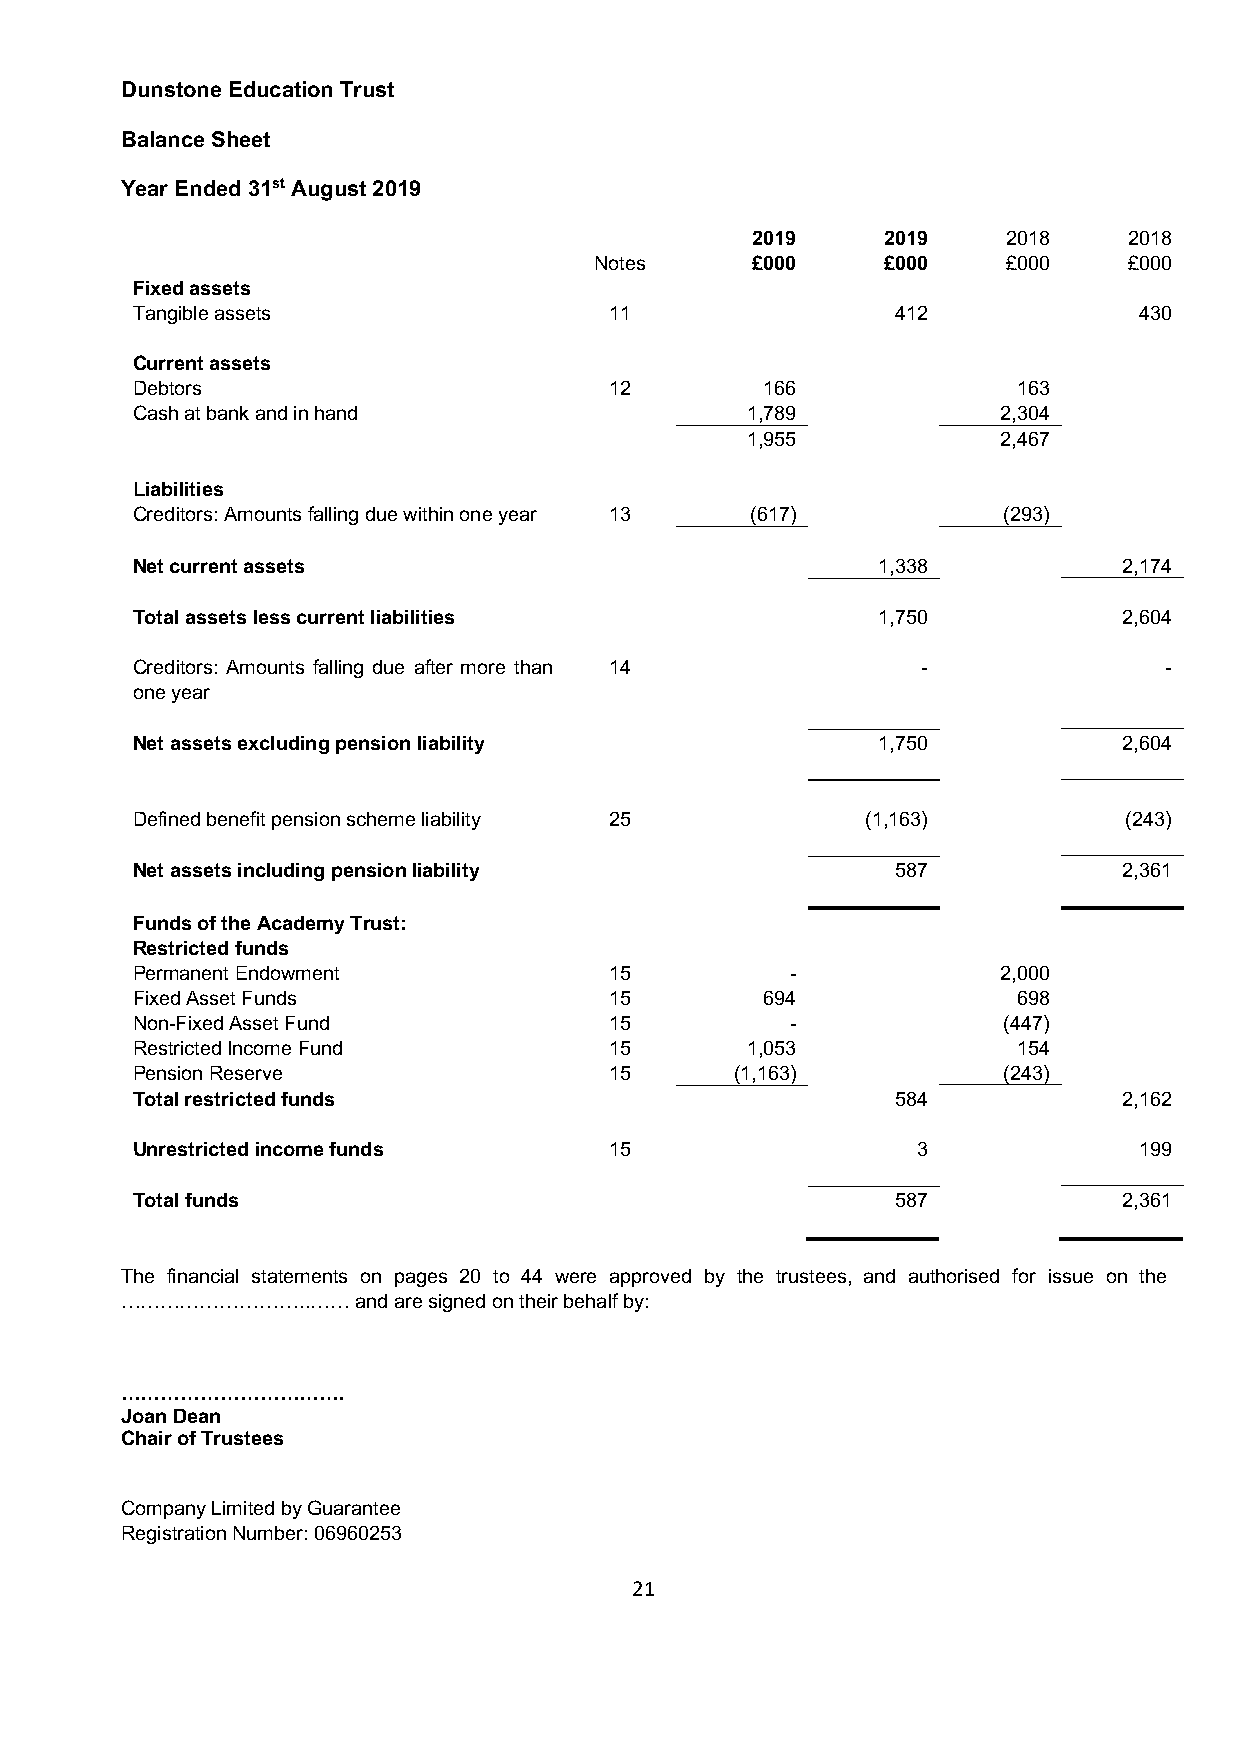
Dunstone Education Trust
 Balance Sheet
 Year Ended 31st August 2019
 2019    2019     2018    2018
 Notes      £000    £000     £000    £000
 Fixed assets
 Tangible assets                11                 412             430
 Current assets
 Debtors                        12        166              163
 Cash at bank and in hand                1,789            2,304
 1,955            2,467
 Liabilities
 Creditors: Amounts falling due within one year 13 (617)  (293)
 Net current assets                               1,338           2,174
 Total assets less current liabilities            1,750           2,604
 Creditors: Amounts falling due after more than 14   -               -
 one year
 Net assets excluding pension liability           1,750           2,604
 Defined benefit pension scheme liability 25     (1,163)          (243)
 Net assets including pension liability            587            2,361
 Funds of the Academy Trust:
 Restricted funds
 Permanent Endowment            15          -             2,000
 Fixed Asset Funds              15        694              698
 Non-Fixed Asset Fund           15          -             (447)
 Restricted Income Fund         15       1,053             154
 Pension Reserve                15       (1,163)          (243)
 Total restricted funds                            584            2,162
 Unrestricted income funds      15                   3             199
 Total funds                                       587            2,361
 The financial statements on pages 20 to 44 were approved by the trustees, and authorised for issue on the
 ………………………..……   and are signed on their behalf by:
 …………………………….
 Joan Dean
 Chair of Trustees
 Company Limited by Guarantee
 Registration Number: 06960253
 21